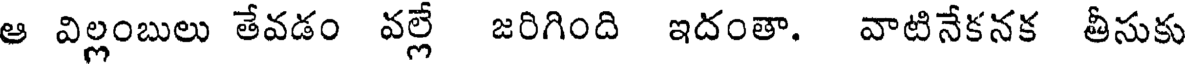
ఆ విల్లంబులు తేవడం వల్లే జరిగింది ఇదంతా. వాటినేకనక తీసుకు